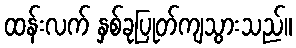
ထန်းလက် နှစ်ခုပြုတ်ကျသွားသည်။